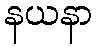
နယနာ